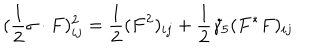
LaTeX: ( \frac { 1 } { 2 } \sigma \cdot F ) _ { i j } ^ { 2 } = \frac { 1 } { 2 } ( F ^ { 2 } ) _ { i j } + \frac { 1 } { 2 } \gamma _ { 5 } ( F ^ { * } F ) _ { i j }